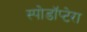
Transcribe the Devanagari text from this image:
स्पोडॉप्टेरा